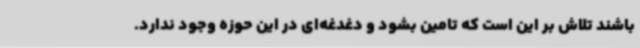
باشند تلاش بر این است که تامین بشود و دغدغه‌ای در این حوزه وجود ندارد.